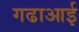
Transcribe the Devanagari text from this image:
गढाआई